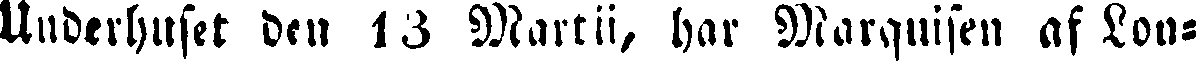
Underhuset den 13 Martii, har Marquisen af Lon-